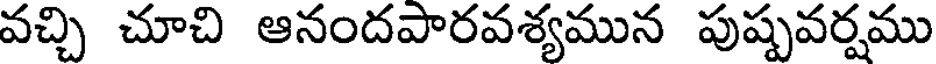
వచ్చి చూచి ఆనందపారవశ్యమున పుష్పవర్షము